Civil Veterinary Dept. Bombay admin report 1907-1913 - 1907-1913
Year: 1907
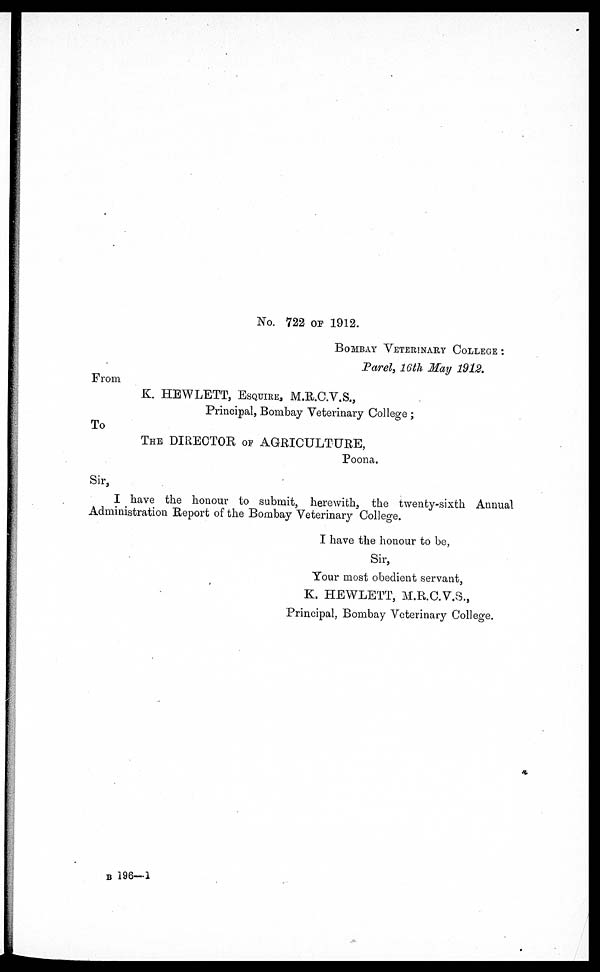
No. 722 OF 1912.
BOMBAY VETERINARY COLLEGE:
Parel, 16th May 1912.
From
K. HEWLETT, ESQUIRE, M.R.C.V.S.,
Principal, Bombay Veterinary College;
To
THE DIRECTOR OF AGRICULTURE,
Poona.
Sir,
I have the honour to submit, herewith, the twenty-sixth Annual
Administration Report of the Bombay Veterinary College.
I have the honour to be,
Sir,
Your most obedient servant,
K. HEWLETT, M.R.C.V.S.,
Principal, Bombay Veterinary College.
B 196—1